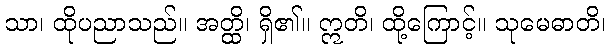
သာ၊ ထိုပညာသည်။ အတ္ထိ၊ ရှိ၏။ ဣတိ၊ ထို့ကြောင့်။ သုမေဓာတိ၊